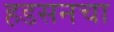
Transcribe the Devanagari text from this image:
हडसनचा